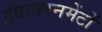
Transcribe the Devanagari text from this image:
इंवायरनमेंटों